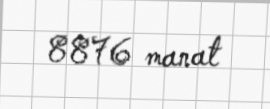
8876 manat